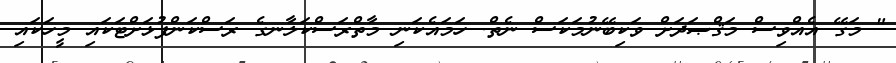
" މަގޭ އެއްވިސް މަޤްޞަދަށް ވަކިބޭނުމަކަސް ނެތް. ހަމައެކަނި މާތްރަސްކަލާނގެ ރަސްކަންފުޅަށްޓަކައި މީހަކައި